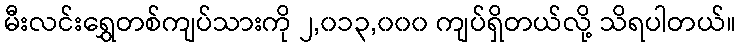
မီးလင်းရွှေတစ်ကျပ်သားကို ၂,၀၁၃,၀၀၀ ကျပ်ရှိတယ်လို့ သိရပါတယ်။